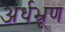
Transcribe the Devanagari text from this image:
अर्धभ्रूण